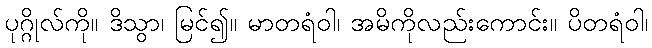
ပုဂ္ဂိုလ်ကို။ ဒိသွာ၊ မြင်၍။ မာတရံဝါ၊ အမိကိုလည်းကောင်း။ ပိတရံဝါ၊